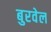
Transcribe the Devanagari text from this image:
बुरवेल